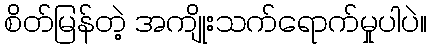
စိတ်မြန်တဲ့ အကျိုးသက်ရောက်မှုပါပဲ။